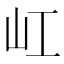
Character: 屸